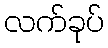
လက်ခုပ်